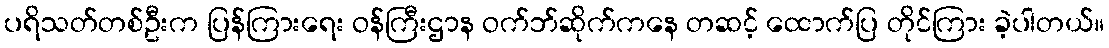
ပရိသတ်တစ်ဦးက ပြန်ကြားရေး ဝန်ကြီးဌာန ဝက်ဘ်ဆိုက်ကနေ တဆင့် ထောက်ပြ တိုင်ကြား ခဲ့ပါတယ်။